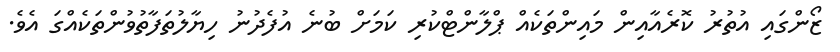
ޒޯންގައި އުތުރު ކޮރެއާއިން މައިންތަކެއް ޕްލާންޓްކުރި ކަމަށް ބުނެ އުފެދުނު ހިޔާލުތަފާތުވުންތަކެއްގަ އެވެ.